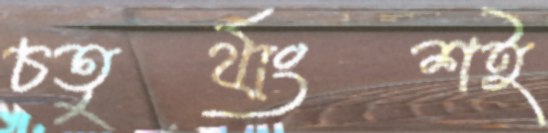
চতুর্থাংশই